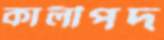
কালীপদ